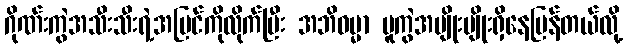
ဂိုဏ်းကွဲအသီးသီးရဲ့အမြင်ကိုလိုက်ပြီး အဘိဓမ္မာ မူကွဲအမျိုးမျိုးရှိနေပြန်တယ်လို့